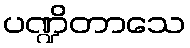
ပဏ္ဍိတာသေ